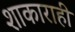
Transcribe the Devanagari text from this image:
शाकाराही